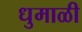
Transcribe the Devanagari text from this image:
धुमाळी